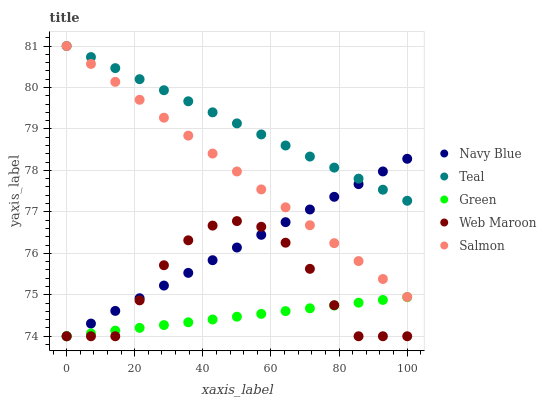
| xaxis_label | Navy Blue | Teal | Green | Web Maroon | Salmon |
 | --- | --- | --- | --- | --- | --- |
 | 0 | 74 | 81 | 74 | 74 | 81 |
 | 7.14 | 74.3 | 80.7 | 74.1 | 74 | 80.6 |
 | 14.3 | 74.6 | 80.5 | 74.1 | 74 | 80.1 |
 | 21.4 | 74.9 | 80.2 | 74.2 | 74.9 | 79.7 |
 | 28.6 | 75.2 | 79.9 | 74.3 | 75.7 | 79.3 |
 | 35.7 | 75.5 | 79.7 | 74.3 | 76.3 | 78.8 |
 | 42.9 | 75.8 | 79.4 | 74.4 | 76.7 | 78.4 |
 | 50 | 76.1 | 79.1 | 74.5 | 76.8 | 78 |
 | 57.1 | 76.4 | 78.9 | 74.5 | 76.6 | 77.5 |
 | 64.3 | 76.8 | 78.6 | 74.6 | 76.3 | 77.1 |
 | 71.4 | 77.1 | 78.3 | 74.7 | 75.6 | 76.7 |
 | 78.6 | 77.4 | 78.1 | 74.7 | 74.7 | 76.2 |
 | 85.7 | 77.7 | 77.8 | 74.8 | 74 | 75.8 |
 | 92.9 | 78 | 77.5 | 74.9 | 74 | 75.4 |
 | 100 | 78.3 | 77.3 | 74.9 | 74 | 74.9 |